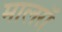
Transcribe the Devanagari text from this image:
मालरॉ